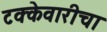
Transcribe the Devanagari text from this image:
टक्केवारीचा